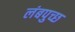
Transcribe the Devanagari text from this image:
लंबपुच्छ